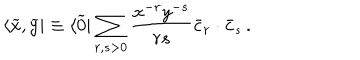
\langle \widetilde x , \widetilde y | \equiv \langle \widetilde 0 | \sum _ { r , s > 0 } { \frac { x ^ { - r } y ^ { - s } } { r s } } \bar { c } _ { r } \cdot \bar { c } _ { s } \, .